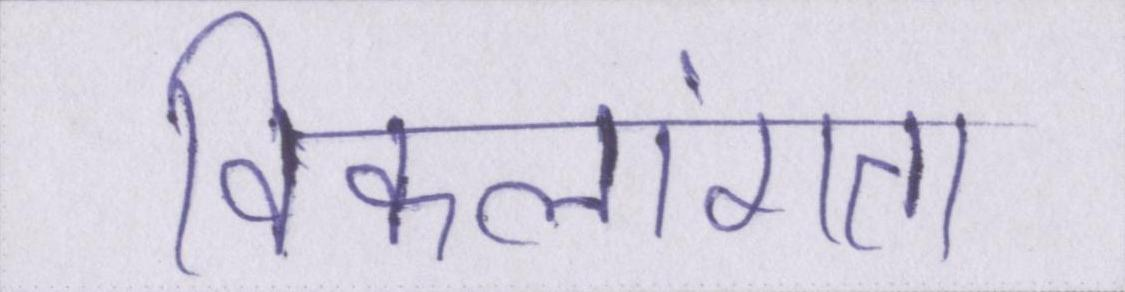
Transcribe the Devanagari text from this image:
विकलांगता